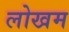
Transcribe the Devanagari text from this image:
लोखम